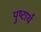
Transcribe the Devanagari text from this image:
पुष्टार्थ